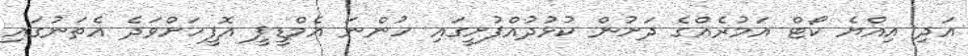
އަދި އިއްޔެ ކޯޓް އަމުރެއްގެ ދަށުން ކުޅުދުއްފުށީގައި ހުންނަ އެމްޑީޕީ އޮފީހަށްވަދެ އެތަނުގައި